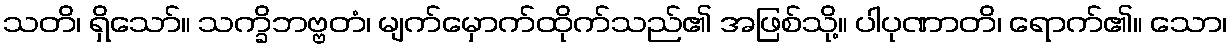
သတိ၊ ရှိသော်။ သက္ခိဘဗ္ဗတံ၊ မျက်မှောက်ထိုက်သည်၏ အဖြစ်သို့။ ပါပုဏာတိ၊ ရောက်၏။ သော၊